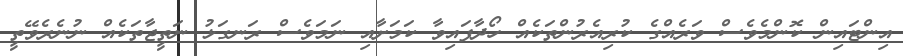
އިންޓައިން ކޮންމެވެސް ވަރެއްގެ ކުރިއެރުންތަކެއް ހޯދާފައިވާ ކަމަށާއި ނަމަވެސް ރަނގަޅު ނަތީޖާތަކެއް ނުނެރެވޭތީ